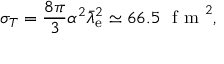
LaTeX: \sigma _ { T } = { \frac { 8 \pi } { 3 } } \alpha ^ { 2 } { \bar { \lambda } } _ { \mathrm { e } } ^ { 2 } \simeq 6 6 . 5 ~ { \textrm { f m } } ^ { 2 } ,